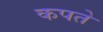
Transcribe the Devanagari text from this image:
कपते